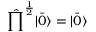
\hat { \prod } ^ { \frac { 1 } { 2 } } | \bar { 0 } \rangle = | \bar { 0 } \rangle